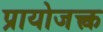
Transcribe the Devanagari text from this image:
प्रायोजक्त्व